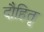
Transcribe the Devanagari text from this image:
दौहितृ